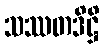
သဿတဒိဋ္ဌိ